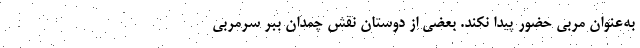
به‌عنوان مربی حضور پیدا نکند. بعضی از دوستان نقش چمدان ببر سرمربی